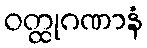
ဝတ္ထုဂဏာနံ